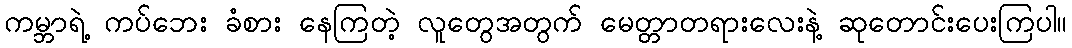
ကမ္ဘာရဲ့ ကပ်ဘေး ခံစား နေကြတဲ့ လူတွေအတွက် မေတ္တာတရားလေးနဲ့ ဆုတောင်းပေးကြပါ။